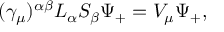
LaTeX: ( \gamma _ { \mu } ) ^ { \alpha \beta } L _ { \alpha } S _ { \beta } \Psi _ { + } = V _ { \mu } \Psi _ { + } ,